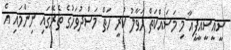
ސީއީސީއީޕީއާ މި މަސައްކަތް ހަވާލު ކުރީ ހަތް މަސްދުވަހުގެ ތެރޭގައި ނިންމައި އެ